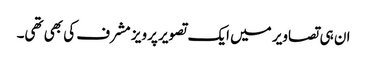
ان ہی تصاویر میں ایک تصویر پرویز مشرف کی بھی تھی۔